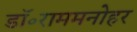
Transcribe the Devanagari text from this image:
डॉ॰राममनोहर